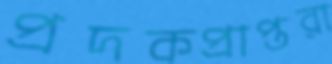
প্রদকপ্রাপ্তরা